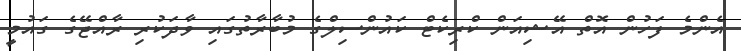
އެންމެ ފަހުން އޮތް އޭޝިއަން ކްރިކެޓް ކައުންސިލްގެ މުބާރާތުގައި ވާދަކުރި ރާއްޖޭގެ ގައުމީ